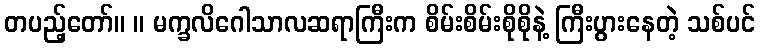
တပည့်တော်။ ။ မက္ခလိဂေါသာလဆရာကြီးက စိမ်းစိမ်းစိုစိုနဲ့ ကြီးပွားနေတဲ့ သစ်ပင်